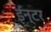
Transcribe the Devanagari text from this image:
ईन्टर